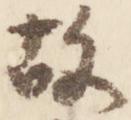
故